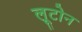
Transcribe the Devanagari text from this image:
लूटोन